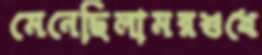
মেনেছিলামরশুখে